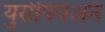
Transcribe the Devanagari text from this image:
युरोपियअन